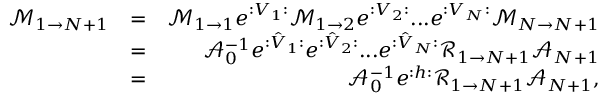
\begin{array} { r l r } { \mathcal { M } _ { 1 \rightarrow N + 1 } } & { = } & { \mathcal { M } _ { 1 \rightarrow 1 } e ^ { : V _ { 1 } : } \mathcal { M } _ { 1 \rightarrow 2 } e ^ { : V _ { 2 } : } . . . e ^ { : V _ { N } : } \mathcal { M } _ { N \rightarrow N + 1 } } \\ & { = } & { \mathcal { A } _ { 0 } ^ { - 1 } e ^ { : \hat { V } _ { 1 } : } e ^ { : \hat { V } _ { 2 } : } . . . e ^ { : \hat { V } _ { N } : } \mathcal { R } _ { 1 \rightarrow N + 1 } \mathcal { A } _ { N + 1 } } \\ & { = } & { \mathcal { A } _ { 0 } ^ { - 1 } e ^ { : h : } \mathcal { R } _ { 1 \rightarrow N + 1 } \mathcal { A } _ { N + 1 } , } \end{array}